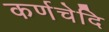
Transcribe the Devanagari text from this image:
कर्णचेदि